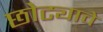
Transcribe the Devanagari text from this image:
छोट्याचे